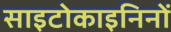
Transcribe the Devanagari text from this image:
साइटोकाइनिनों